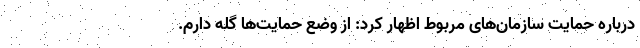
درباره حمایت‌ سازمان‌های مربوط اظهار کرد: از وضع حمایت‌ها گله دارم.